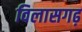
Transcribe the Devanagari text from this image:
विलासगढ़